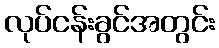
လုပ်ငန်းခွင်အတွင်း